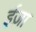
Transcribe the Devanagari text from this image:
ईज़ा